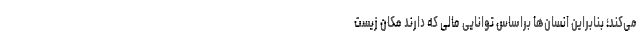
می‌کند؛ بنابراین انسان‌ها براساس توانایی مالی که دارند مکان زیست